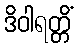
ဒိဝါရတ္တိံ